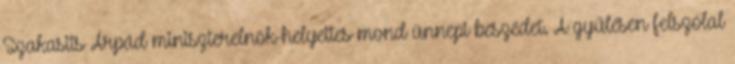
Szakasits Árpád miniszterelnök-helyettes mond ünnepi beszédet. A gyűlésen felszólal